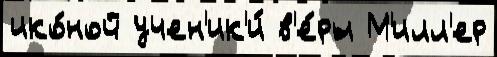
ико́ной учен'ик'и́ в'е́ры М'илл'ер